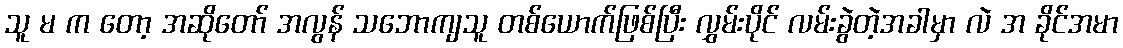
သူ မ က တော့ အဆိုတော် အလွန် သဘောကျသူ တစ်ယောက်ဖြစ်ပြီး လွှမ်းပိုင် လမ်းခွဲတဲ့အခါမှာ လဲ အ ခိုင်အမာ